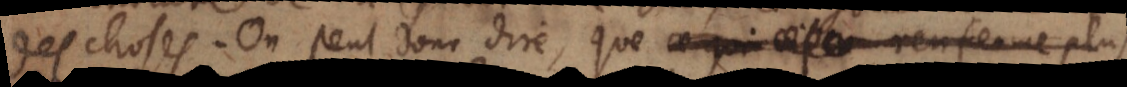
des choses. On peut donc dire, que ce qui renferme plus